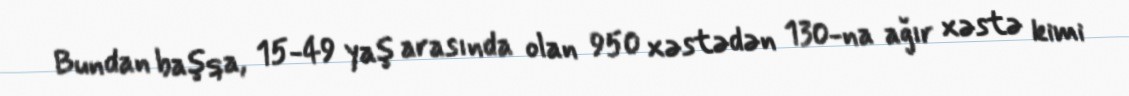
Bundan başqa, 15-49 yaş arasında olan 950 xəstədən 130-na ağır xəstə kimi